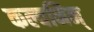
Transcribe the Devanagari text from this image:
कल्वनिन्